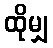
ထိုမျှ